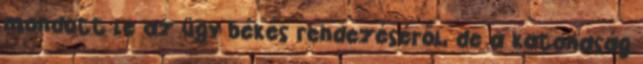
mondott le az ügy békés rendezéséről, de a katonaság